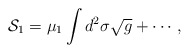
\begin{align*}{\cal S}_{1}=\mu_{1}\int d^{2}\sigma\sqrt{g}+\cdots,\end{align*}